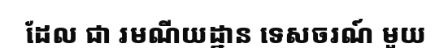
ដែល ជា រមណីយដ្ឋាន ទេសចរណ៍ មួយ